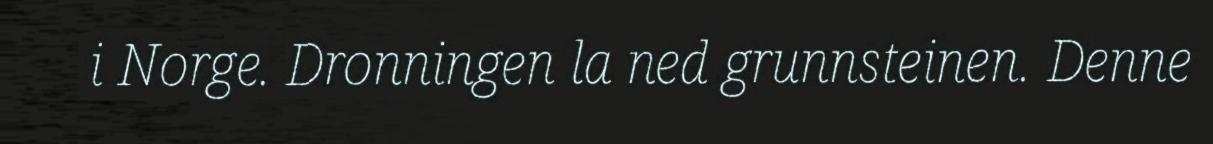
i Norge. Dronningen la ned grunnsteinen. Denne